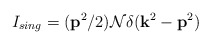
\begin{align*}I_{sing}=({ \bf p}^2/2) {\cal N} \delta({\bf k}^2- {\bf p}^2)\end{align*}